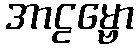
အာဠမ္ဗော